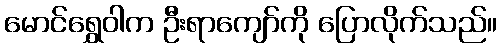
မောင်ရွှေဝါက ဦးရာကျော်ကို ပြောလိုက်သည်။